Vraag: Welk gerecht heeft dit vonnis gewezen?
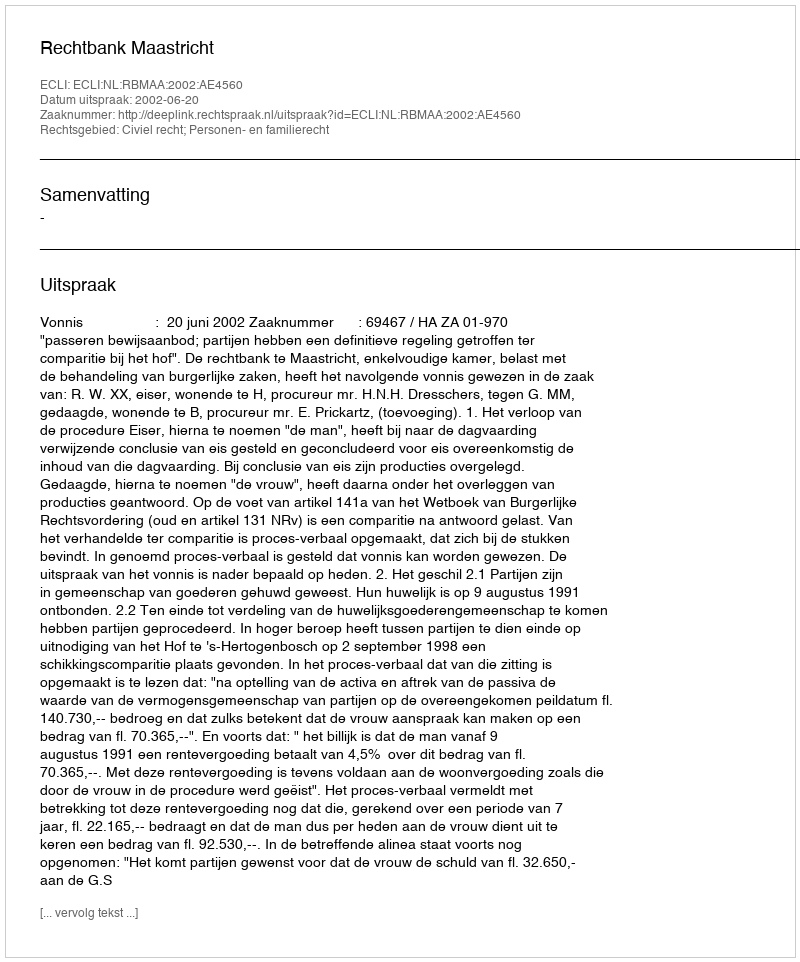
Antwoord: Rechtbank Maastricht